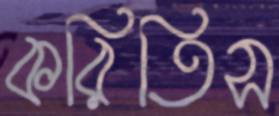
করিতিস